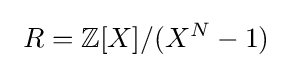
\ R=\mathbb {Z} [X]/(X^{N}-1)